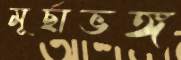
মূর্ছাভঙ্গ